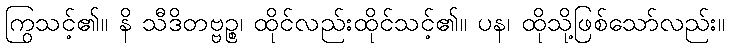
ကြွသင့်၏။ နိ သီဒိတဗ္ဗဉ္စ၊ ထိုင်လည်းထိုင်သင့်၏။ ပန၊ ထိုသို့ဖြစ်သော်လည်း။